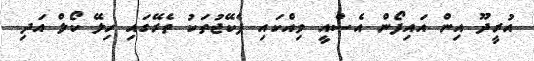
އުރީދޫ އިން އައިފޯން އެސްއީ ވިއްކައި ޕެކޭޖުތަކު ތެރޭގައި ހިލޭ ކޯލް އަދި